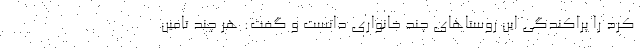
کرد را پراکندگی این روستاهای چند خانواری دانست و گفت: هر چند تامین